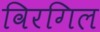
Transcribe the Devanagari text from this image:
विरगिल